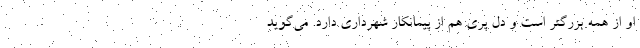
او از همه بزرگتر است و دل پری هم از پیمانکار شهرداری دارد. می‌گوید